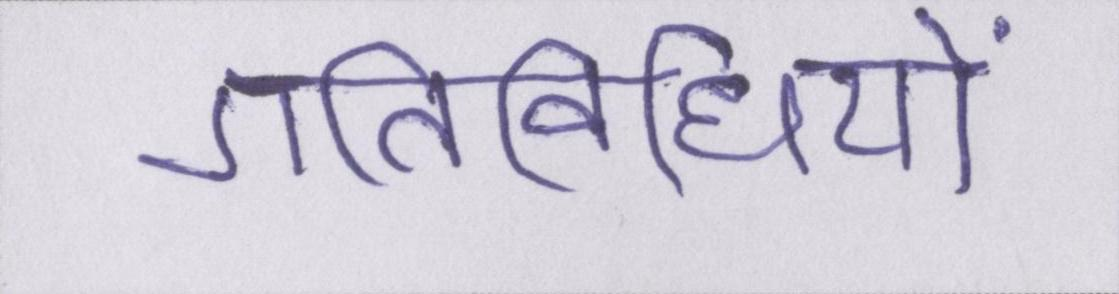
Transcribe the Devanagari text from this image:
गतिविधियों